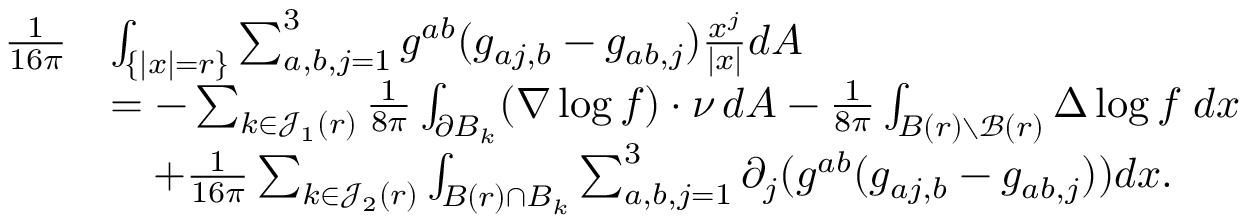
\begin{array} { r l } { \frac { 1 } { 1 6 \pi } } & { \int _ { \{ | x | = r \} } \sum _ { a , b , j = 1 } ^ { 3 } { g } ^ { a b } ( { g } _ { a j , b } - { g } _ { a b , j } ) \frac { x ^ { j } } { | x | } d A } \\ & { = - \sum _ { k \in \mathscr J _ { 1 } ( r ) } \frac { 1 } { 8 \pi } \int _ { \partial B _ { k } } ( \nabla \log f ) \cdot \nu \, d A - \frac 1 { 8 \pi } \int _ { B ( r ) \setminus \mathscr B ( r ) } \Delta \log f \; d x } \\ & { \quad + \frac 1 { 1 6 \pi } \sum _ { k \in \mathscr J _ { 2 } ( r ) } \int _ { B ( r ) \cap B _ { k } } \sum _ { a , b , j = 1 } ^ { 3 } \partial _ { j } ( { g } ^ { a b } ( { g } _ { a j , b } - { g } _ { a b , j } ) ) d x . } \end{array}